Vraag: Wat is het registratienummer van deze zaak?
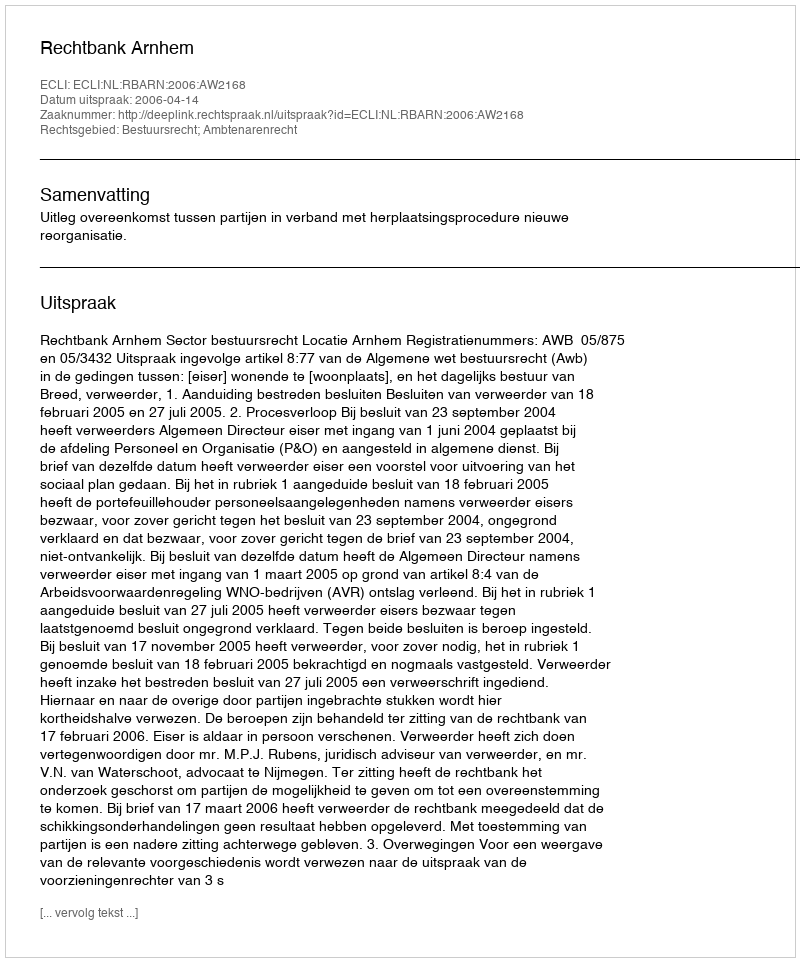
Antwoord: http://deeplink.rechtspraak.nl/uitspraak?id=ECLI:NL:RBARN:2006:AW2168